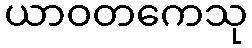
ယာဝတကေသု